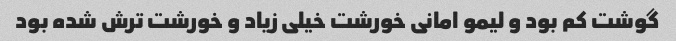
گوشت کم بود و لیمو امانی خورشت خیلی زیاد و خورشت ترش شده بود